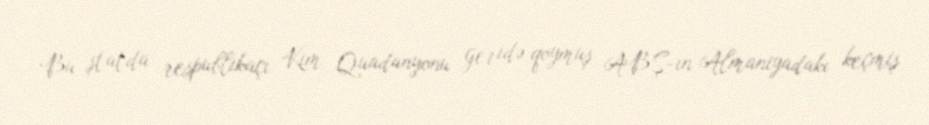
Bu ştatda respublikaçı Kim Quadanyonu geridə qoymuş ABŞ-ın Almaniyadakı keçmiş